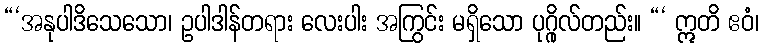
“‘အနုပါဒိသေသော၊ ဥပါဒါန်တရား လေးပါး အကြွင်း မရှိသော ပုဂ္ဂိုလ်တည်း။ “‘ ဣတိ ဧဝံ၊